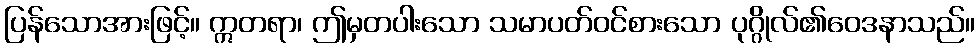
ပြန်သောအားဖြင့်။ ဣတရာ၊ ဤမှတပါးသော သမာပတ်ဝင်စားသော ပုဂ္ဂိုလ်၏ဝေဒနာသည်။